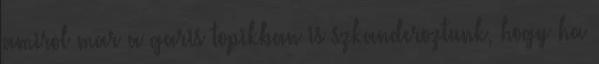
amirol mar a garis topikban is szkanderoztunk, hogy ha